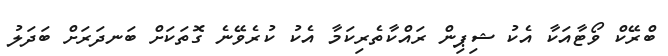
ބްރޭކް ވޯޓާއަކާ އެކު ޝިޕިން ރައްކާތެރިކަމާ އެކު ކުރެވޭނެ ގޮތަކަށް ބަނދަރަށް ބަދަލު